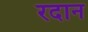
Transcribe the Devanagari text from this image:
रदान